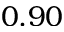
0 . 9 0